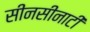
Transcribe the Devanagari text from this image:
सीनसीनाटी